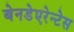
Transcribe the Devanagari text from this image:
बेनडेएरेन्टेस